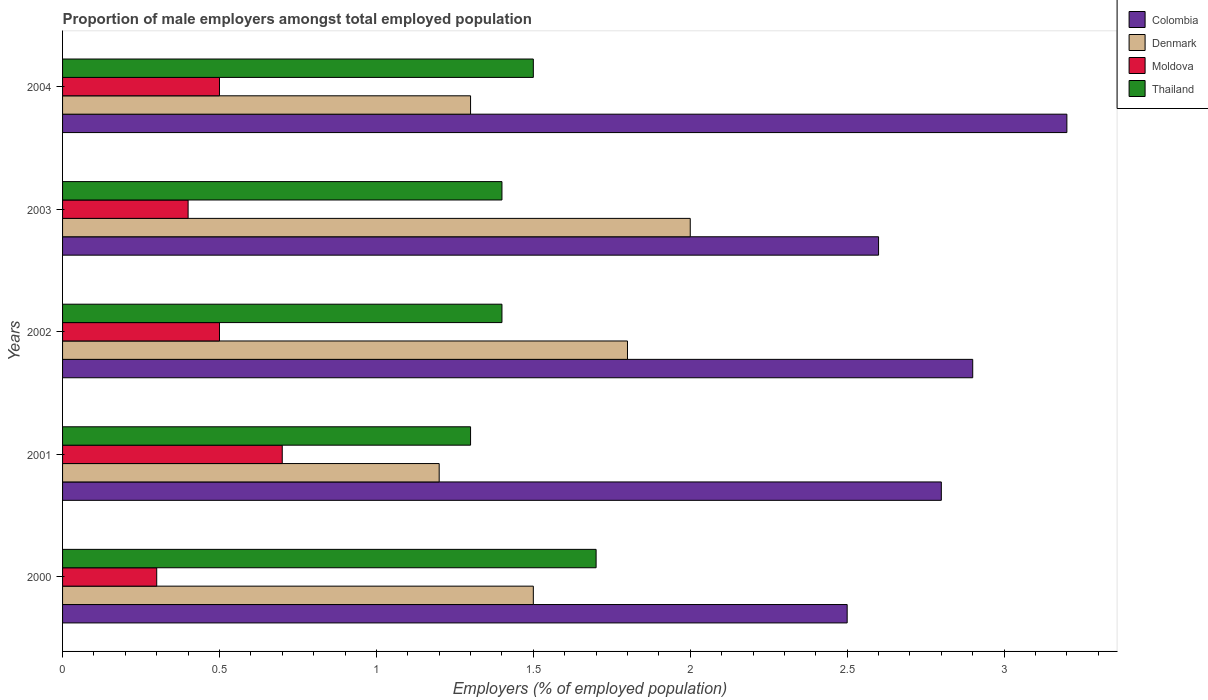
| Years | Colombia | Denmark | Moldova | Thailand |
 | --- | --- | --- | --- | --- |
 | 2000 | 2.5 | 1.5 | 0.3 | 1.7 |
 | 2001 | 2.8 | 1.2 | 0.7 | 1.3 |
 | 2002 | 2.9 | 1.8 | 0.5 | 1.4 |
 | 2003 | 2.6 | 2 | 0.4 | 1.4 |
 | 2004 | 3.2 | 1.3 | 0.5 | 1.5 |